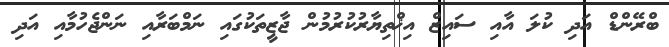
ބްރޭންޑް އަދި ކުލަ އާއި ސައިޒް އިޚްތިޔާރުކުރުމުން ޖާޒީތަކުގައި ނަމްބަރާއި ނަންޖެހުމާއި އަދި